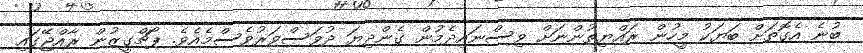
ބުނެ އެގޮތަށް ބަޔަކު މީހުން ރައްޔިތުންނަށް ވިސްނައިދެމުން ގެންދިޔަ ދުވަސްވަރުވެސްމެއެވެ. ޕޯޗްގީޒުން ރާއްޖޭގައި